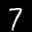
Label: 7